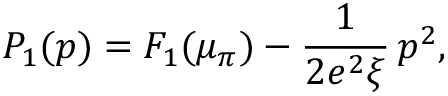
P _ { 1 } ( p ) = F _ { 1 } ( \mu _ { \pi } ) - \frac { 1 } { 2 e ^ { 2 } \xi } \, p ^ { 2 } ,